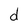
Character: d